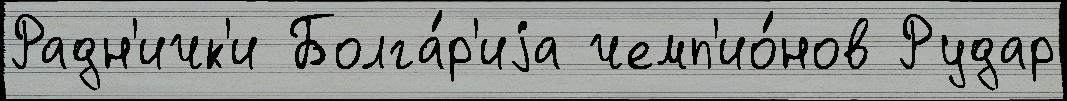
Радн'ичк'и Болга́р'иjа чемп'ио́нов Рудар